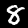
Digit: 8